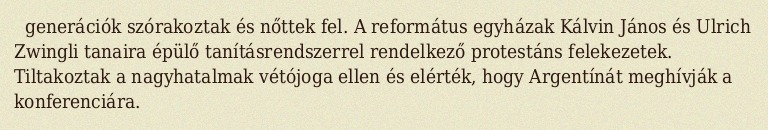
generációk szórakoztak és nőttek fel. A református egyházak Kálvin János és Ulrich Zwingli tanaira épülő tanításrendszerrel rendelkező protestáns felekezetek. Tiltakoztak a nagyhatalmak vétójoga ellen és elérték, hogy Argentínát meghívják a konferenciára.